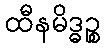
ထီနမိဒ္ဓဉ္စ